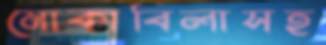
মোকাবিলাসহ